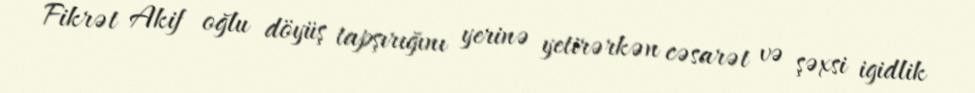
Fikrət Akif oğlu döyüş tapşırığını yerinə yetirərkən cəsarət və şəxsi igidlik